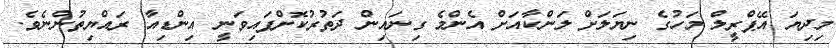
މިދިޔަ އޭޕްރީލް މަހުގެ ނިޔަލަށް ލަންކާއަށް އެންމެ ގިނައިން ދަތުރުކޮށްފައިވަނީ އިންޑިއާ ރައްޔިތުންނެވެ.